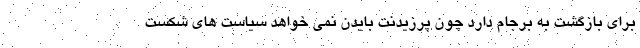
برای بازگشت به برجام دارد چون پرزیدنت بایدن نمی خواهد سیاست های شکست